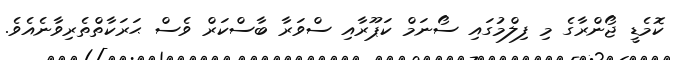
ކޮމެޑީ ޖޯންރާގެ މި ފިލްމުގައި ސޯނަމް ކަޕޫރާއި ސްވަރާ ބާސްކަރް ވެސް ޙަރަކާތްތެރިވާނެއެވެ.